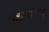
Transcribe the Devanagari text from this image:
कामान्